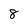
Character: 8